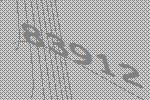
83912